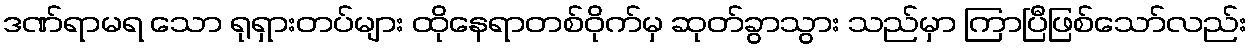
ဒဏ်ရာမရ သော ရုရှားတပ်များ ထိုနေရာတစ်ဝိုက်မှ ဆုတ်ခွာသွား သည်မှာ ကြာပြီဖြစ်သော်လည်း